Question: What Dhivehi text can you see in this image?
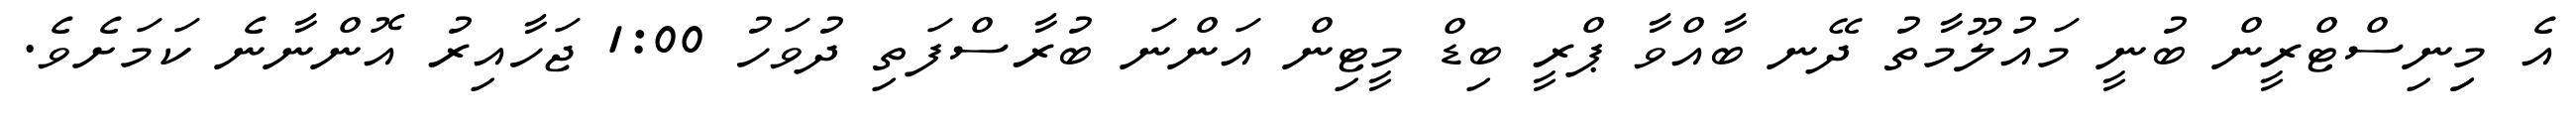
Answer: އެ މިިނިސްޓްރީން ބުނީ މައުލޫމާތު ދޭނ ބާއްވާ ޕްރީ ބިޑް މީޓިން އަންނަ ބުރާސްފަތި ދުވަހު 1:00 ޖަހާއިރު އޮންނާނެ ކަމަށެވެ.